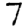
Digit: 7